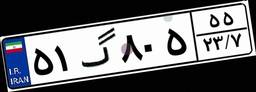
۵۱گ۸۰۵۵۵